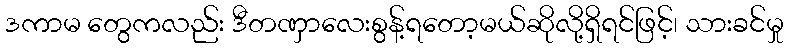
ဒကာမ တွေကလည်း ဒီတဏှာလေးစွန့်ရတော့မယ်ဆိုလို့ရှိရင်ဖြင့်၊ သားခင်မှု